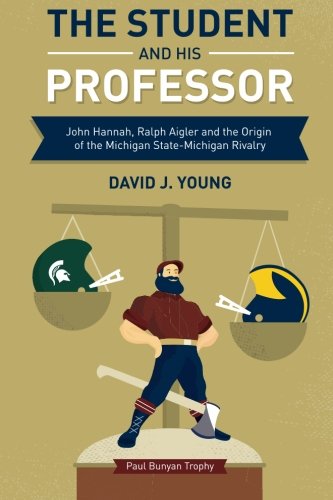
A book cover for The Student and His Professor: John Hannah, Ralph Aigler and the Origin of the Michigan State-Michigan Rivalry; David J. Young; Sports & Outdoors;